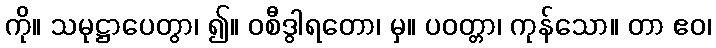
ကို။ သမုဋ္ဌာပေတွာ၊ ၍။ ဝစီဒွါရတော၊ မှ။ ပဝတ္တာ၊ ကုန်သော။ တာ ဧဝ၊